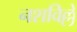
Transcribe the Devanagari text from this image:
नशविल्ले